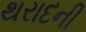
થરાદની